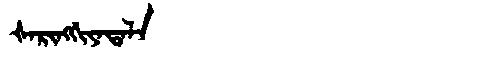
Manchu: ᡧᠠᡵᡳᠩᡤᡳᠶᠠᡨᠠᠯᠠ
Romanization: ŠARINGGIYATALA